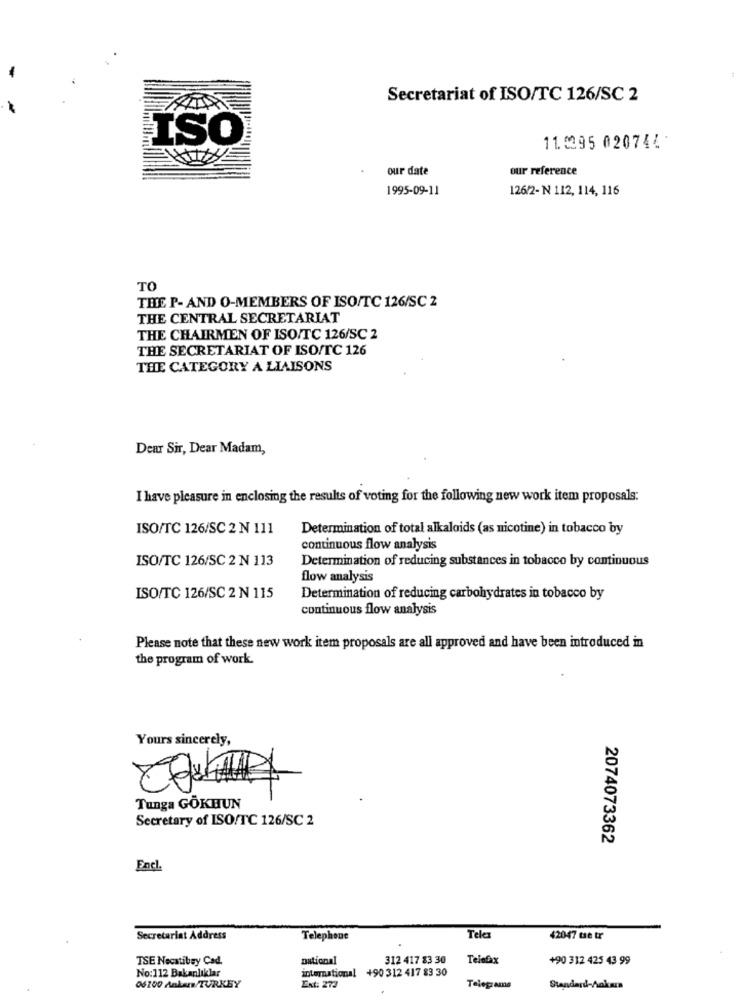
Secretariat of ISO/TC 126/SC 2
ISO
11.0295 020744:
our date
our reference
1995-09-11
126/2- N 112, 114, 116
TO
THE P- AND O-MEMBERS OF ISO/TC 126/SC 2
THE CENTRAL SECRETARIAT
THE CHAIRMEN OF ISO/TC 126/SC 2
THE SECRETARIAT OF ISO/TC 126
THE CATEGORY A LIAISONS
Dear Sir, Dear Madam,
I have pleasure in enclosing the results of voting for the following new work item proposals:
ISO/TC 126/SC 2 N 111
Determination of total alkaloids (as nicotine) in tobacco by
continuous flow analysis
ISO/TC 126/SC 2 N 113
Determination of reducing substances in tobacco by continuous
flow analysis
ISO/TC 126/SC 2 N 115
Determination of reducing carbohydrates in tobacco by
continuous flow analysis
Please note that these new work item proposals are all approved and have been introduced in
the program of work.
Yours sincerely,
Tunga GÖKHUN
Secretary of ISO/TC 126/SC 2
2074073362
Enel.
Secretariat Address
Telephone
Telex
42047 te tr
TSE Necatibey Cad.
national
312 417 83 30
Telefax
+90 312 425 43 99
international +90 312 417 83 30
No:112 Bakanlıklar
06700 Ankara/TURKEY
Ext: 272
Telegrams
Standard-Ankara